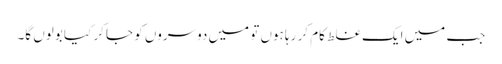
جب میں ایک غلط کام کر رہا ہوں تو میں دوسروں کو جا کر کیا بولوں گا۔